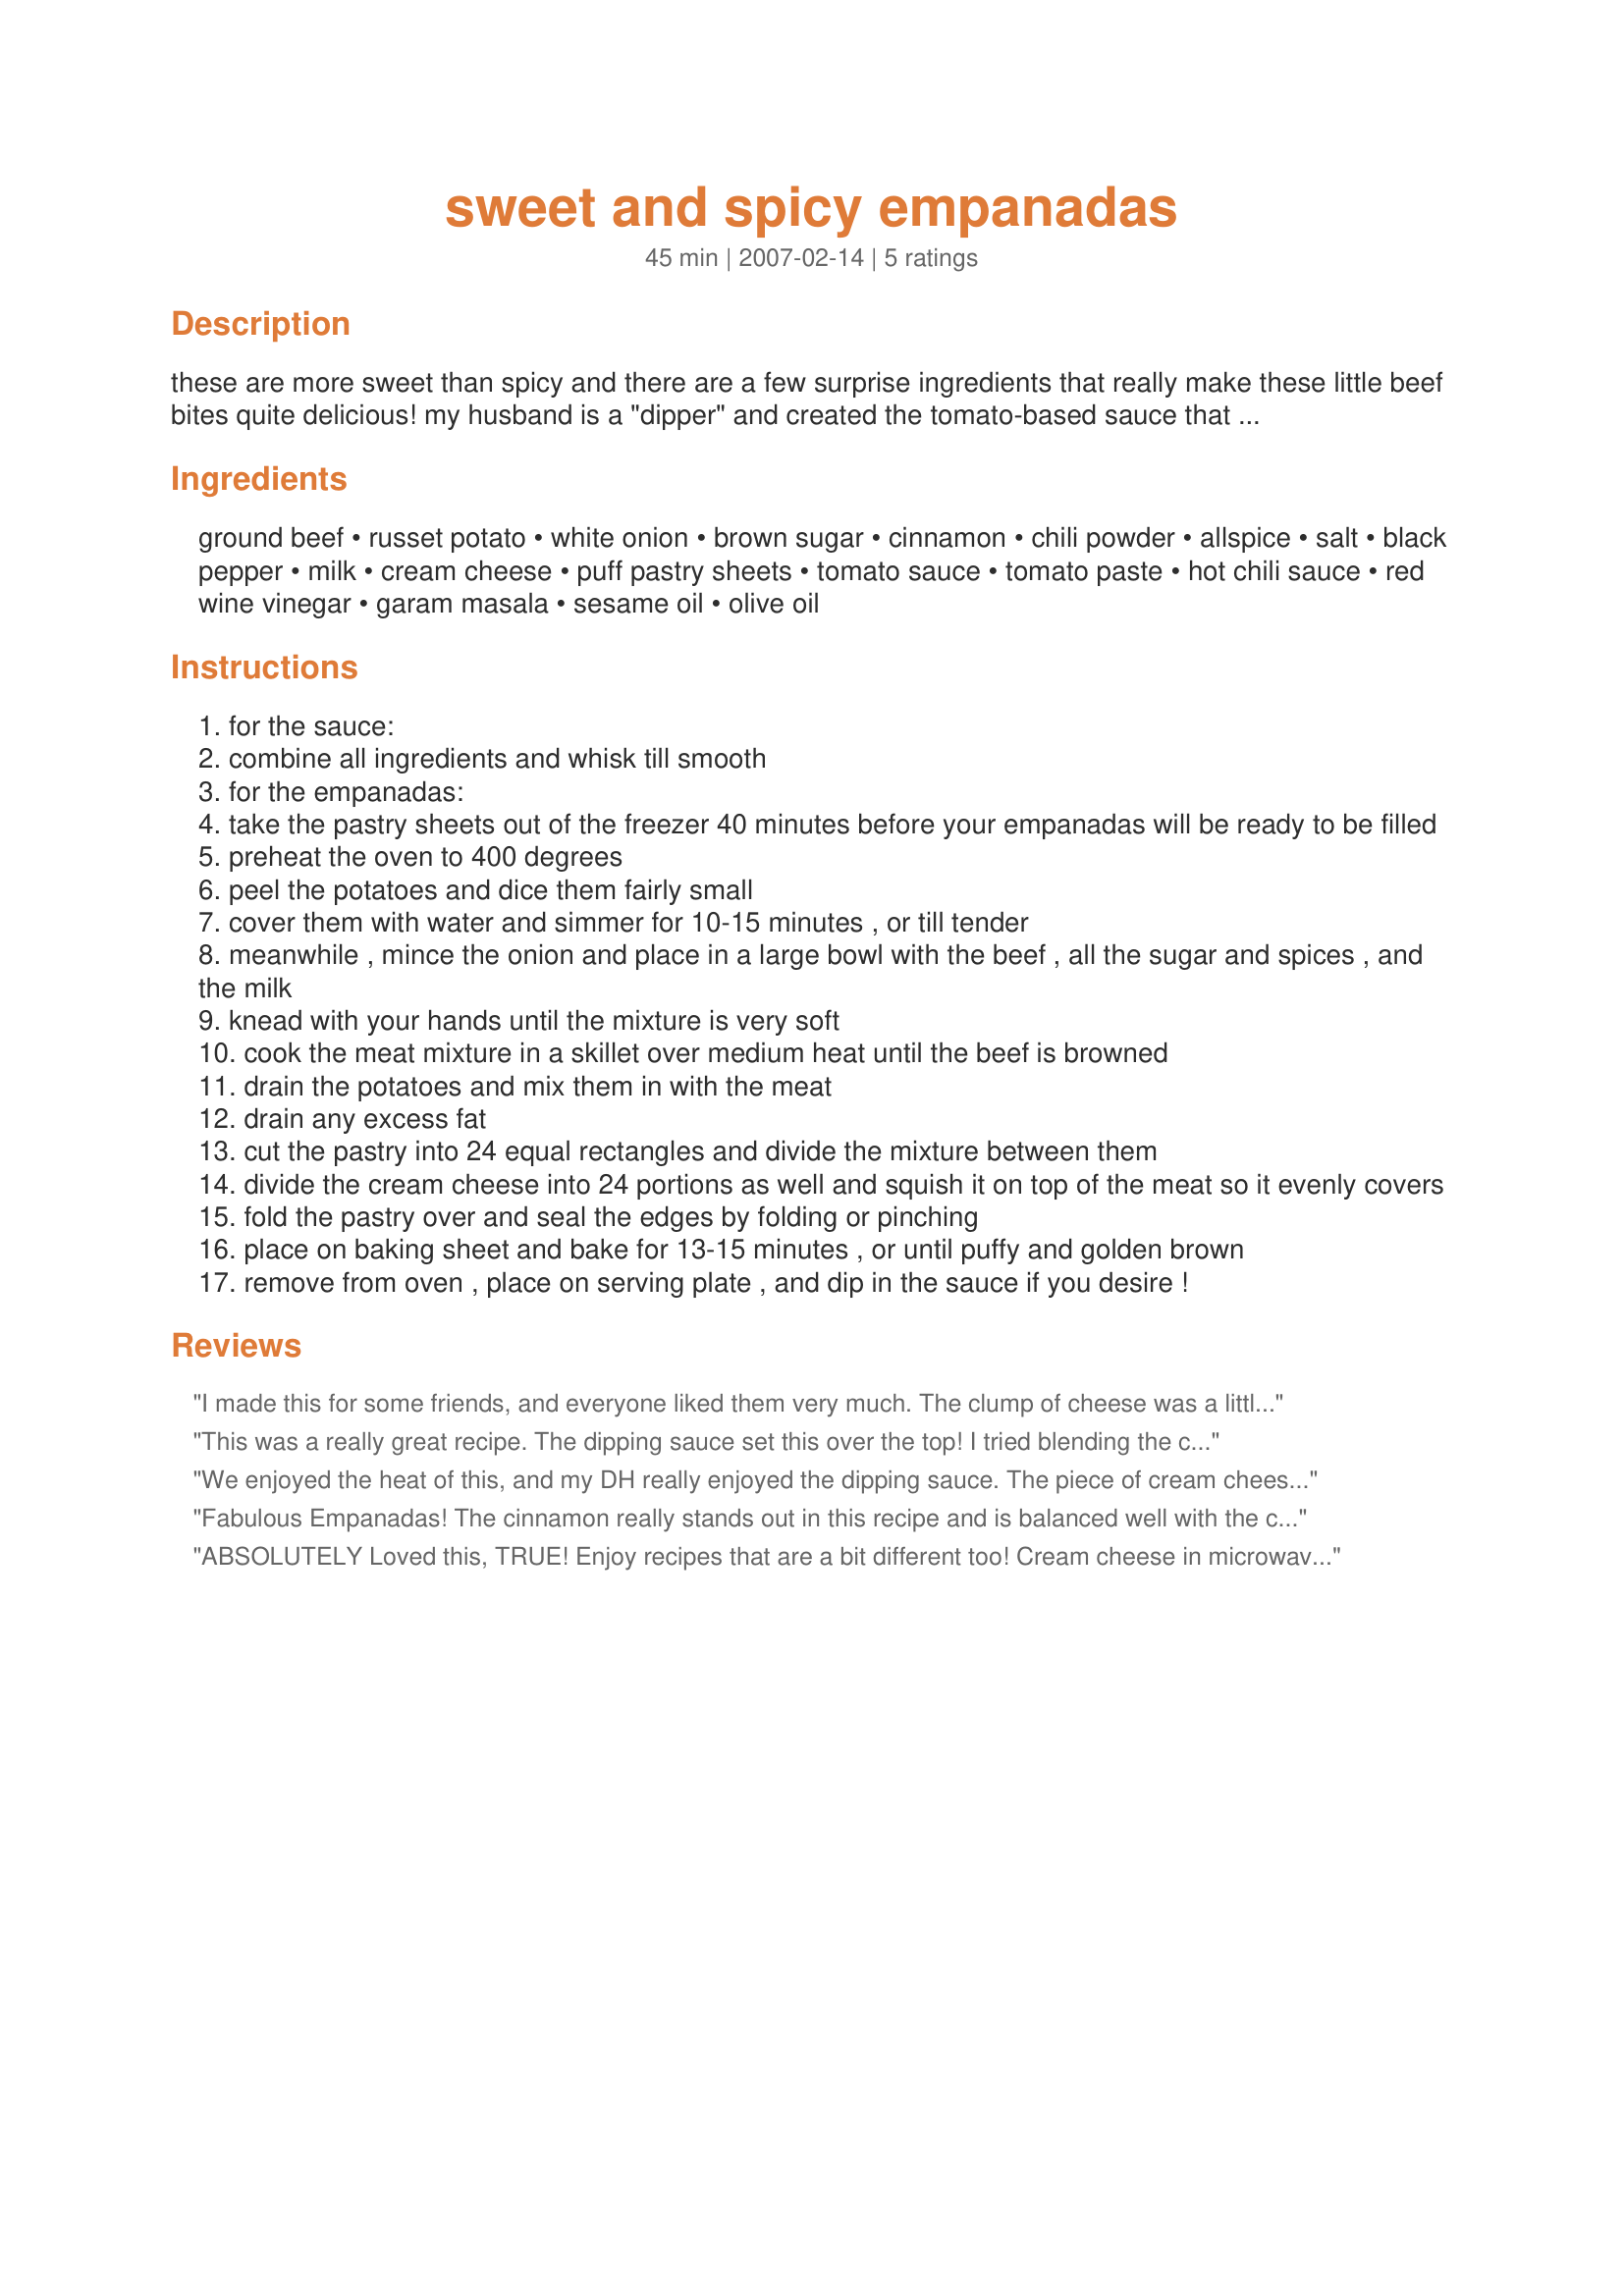
sweet and spicy empanadas
Preparation time: 45 minutes

these are more sweet than spicy and there are a few surprise ingredients that really make these little beef bites quite delicious! my husband is a "dipper" and created the tomato-based sauce that perfectly complements these non-traditional empanadas. the recipe makes 24 bite-sized appetizers, or you can make them twice as big and eat them for dinner. :)

Ingredients:
ground beef, russet potato, white onion, brown sugar, cinnamon, chili powder, allspice, salt, black pepper, milk, cream cheese, puff pastry sheets, tomato sauce, tomato paste, hot chili sauce, red wine vinegar, garam masala, sesame oil, olive oil

Steps:
for the sauce:
combine all ingredients and whisk till smooth
for the empanadas:
take the pastry sheets out of the freezer 40 minutes before your empanadas will be ready to be filled
preheat the oven to 400 degrees
peel the potatoes and dice them fairly small
cover them with water and simmer for 10-15 minutes , or till tender
meanwhile , mince the onion and place in a large bowl with the beef , all the sugar and spices , and the milk
knead with your hands until the mixture is very soft
cook the meat mixture in a skillet over medium heat until the beef is browned
drain the potatoes and mix them in with the meat
drain any excess fat
cut the pastry into 24 equal rectangles and divide the mixture between them
divide the cream cheese into 24 portions as well and squish it on top of the meat so it evenly covers
fold the pastry over and seal the edges by folding or pinching
place on baking sheet and bake for 13-15 minutes , or until puffy and golden brown
remove from oven , place on serving plate , and dip in the sauce if you desire !

Reviews:
I made this for some friends, and everyone liked them very much. The clump of cheese was a little visually unattractive, but the sauce is killer! That was everyone's favorite part of this appetizer.
This was a really great recipe. The dipping sauce set this over the top! I tried blending the cream cheese in with the filling as another reviewer suggested. I would not recommend this as it kind of gave the filling the appearance canned dog food. Next time I think I may try spreading the cream cheese first or LIGHLTY tossing with the filling at the last minute. Overall, this was a truly great and unique combo of flavors.
We enjoyed the heat of this, and my DH really enjoyed the dipping sauce. The piece of cream cheese bothered some in the family. Maybe if it was blended in with the meat mixture it would have worked better. Thanks for creating this recipe!
Fabulous Empanadas! The cinnamon really stands out in this recipe and is balanced well with the chili powder and brown sugar. These are not overly sweet at all. The dipping sauce totally changes the flavors from sweet to spicy and takes it from empanada to a completely original tasting recipe - once I saw Sriracha I knew I would love the sauce! I made this recipe as part of our family RSC Pillow Recipe "Party." The guys preferred this one dipped in sour cream but I enjoyed the sauce (I like it hot - so thank your DH for me!) Good Luck Chef!
ABSOLUTELY Loved this, TRUE!
Enjoy recipes that are a bit different too!
Cream cheese in microwave for 10 seconds did the trick!
DEFINATELY again this recipe I would PICK!
OUTSTANDING!!!
